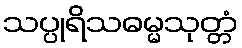
သပ္ပုရိသဓမ္မသုတ္တံ